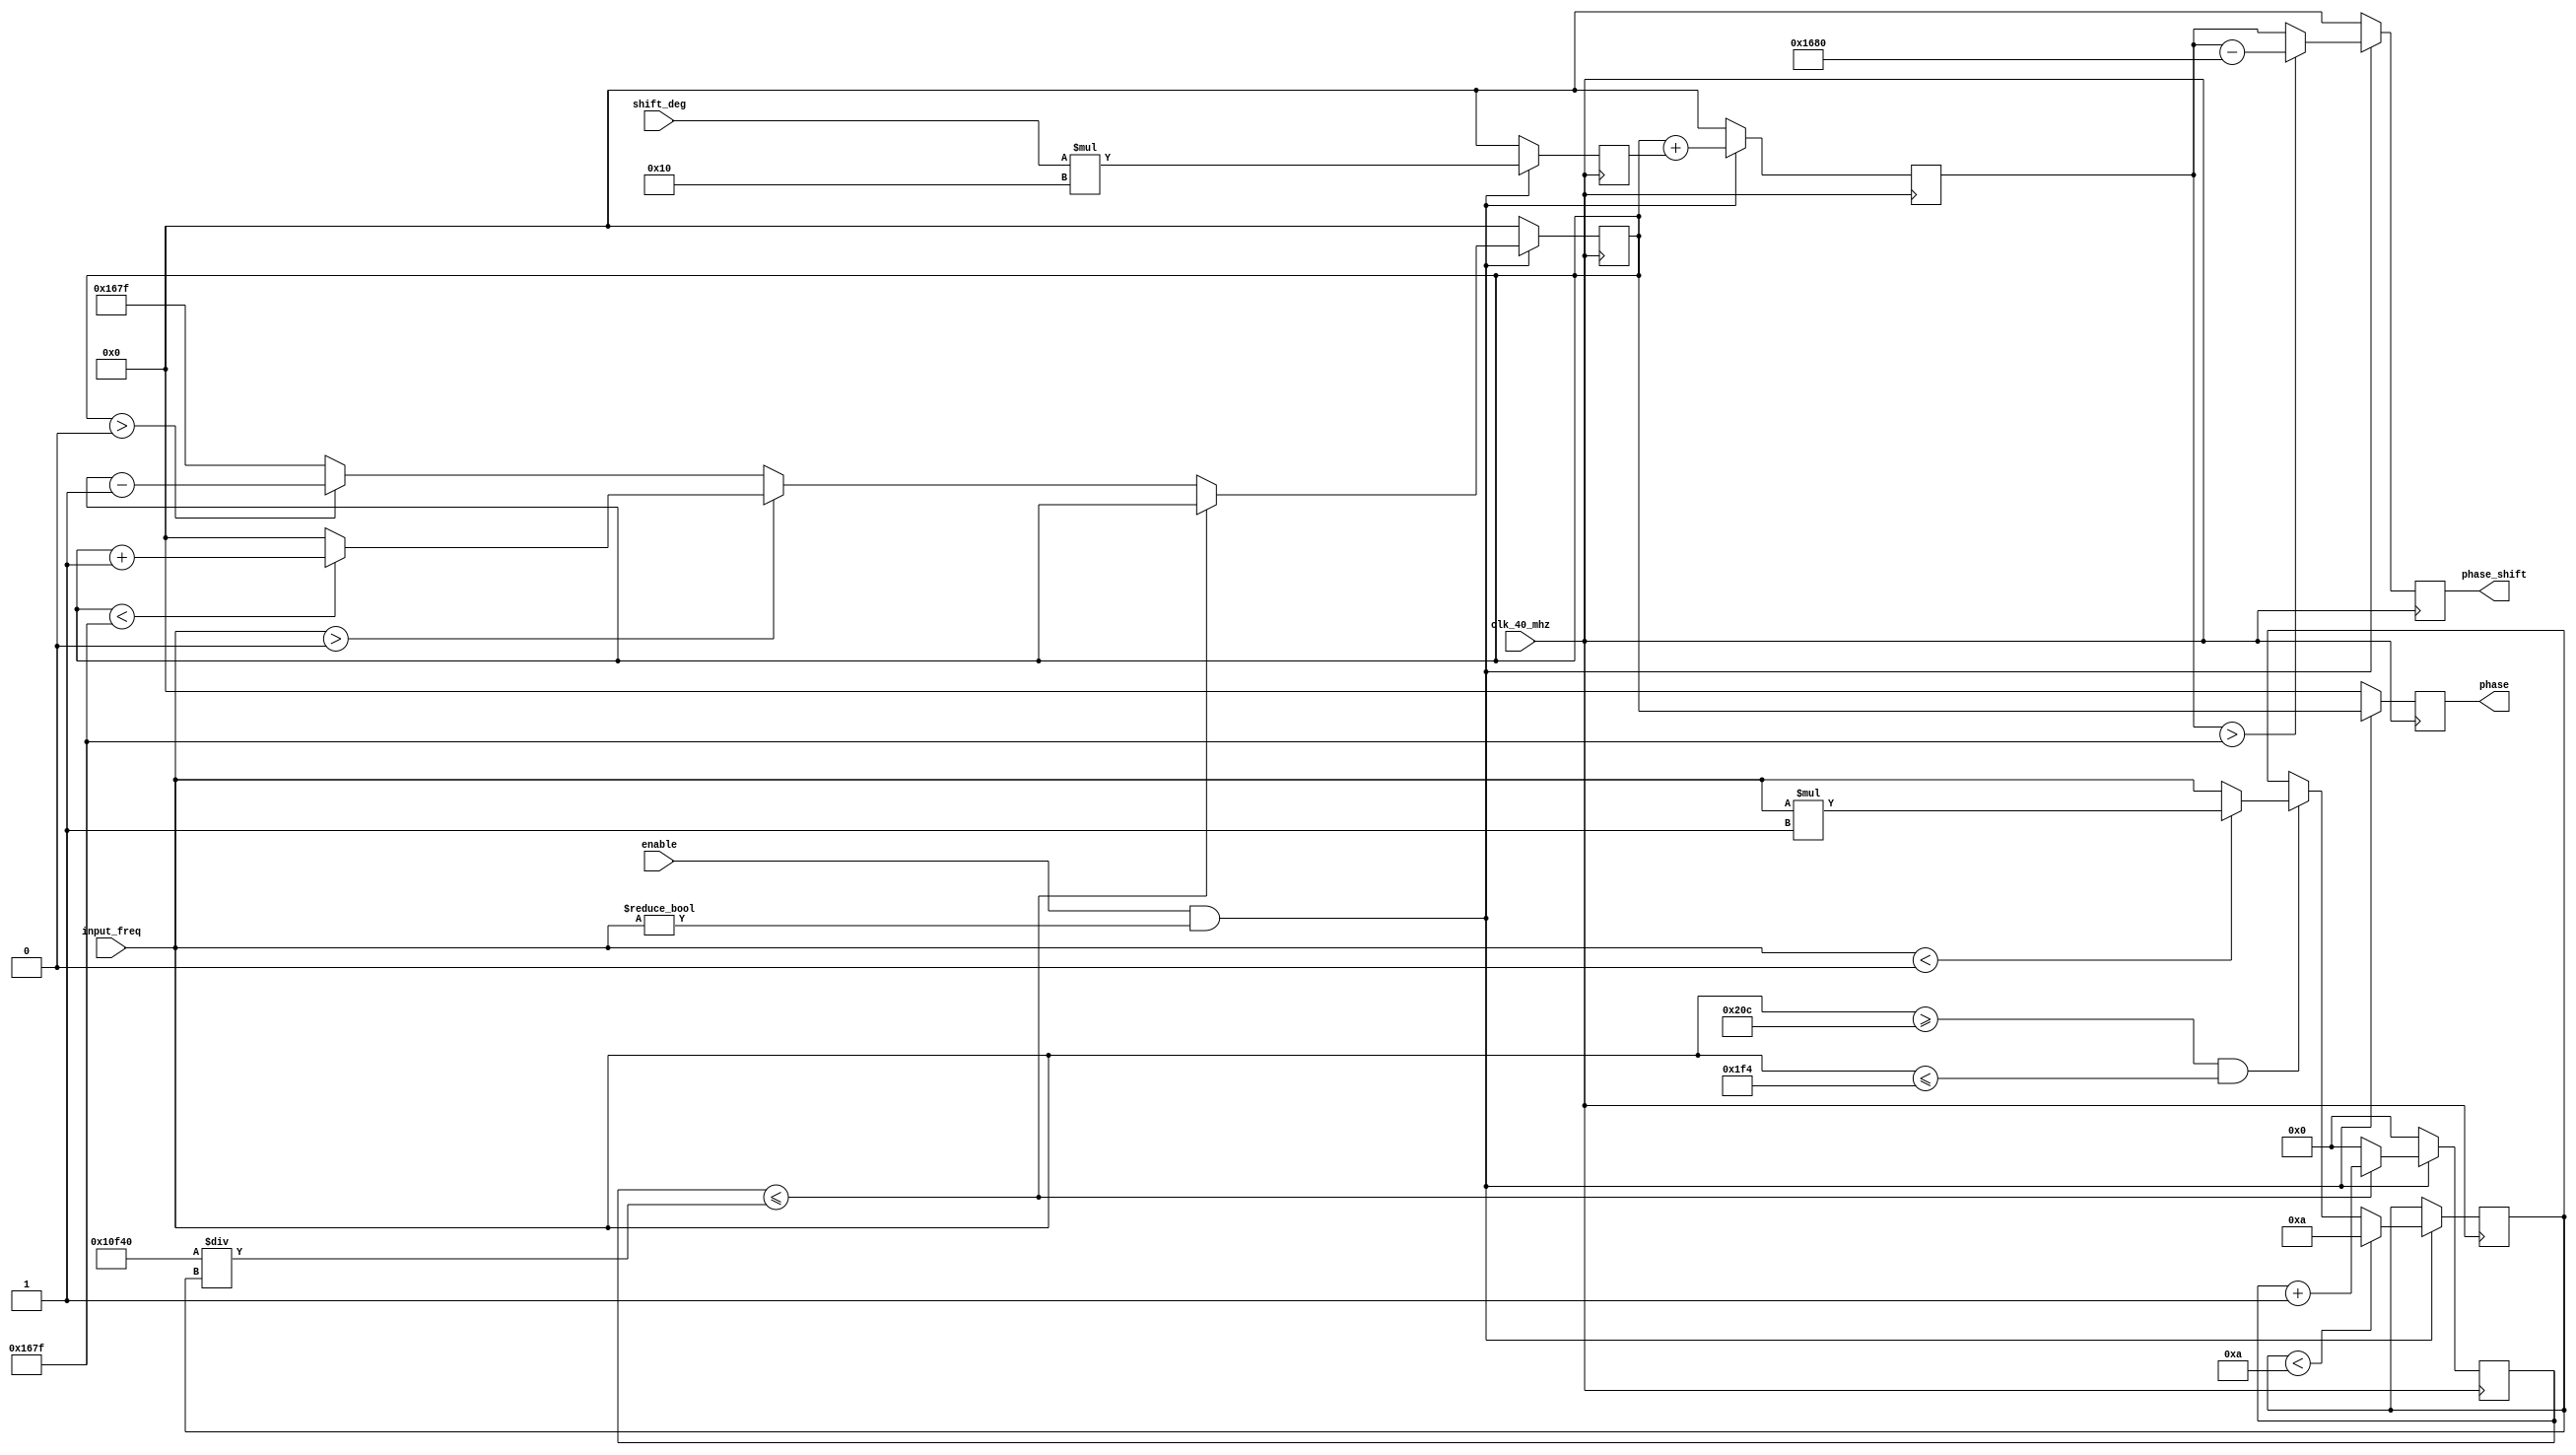
module freq_generator (input clk_40_mhz,
					   input enable,
					   input signed [15:0] input_freq,
					   input [15:0] shift_deg, 
							output reg [15:0] phase,
							output reg [15:0] phase_shift);

reg [16:0] count;
reg signed [15:0] freq;
reg signed [15:0] freq_0;
reg [15:0] phase_inc;
reg [15:0] mod_freq;
reg [15:0] mult_shift;
reg [15:0] shift;

initial begin
	count = 0;
	freq = 0;
	phase_inc = 0;
	mod_freq = 0;
	phase_shift = 0;
	mult_shift = 0;
	shift = 0;
	freq_0 = 0;
end

always @(posedge clk_40_mhz) begin

if(enable && input_freq != 0) begin
		
	if(input_freq >= -500 && input_freq <= 500)
		if(input_freq < 0) freq <= input_freq * (-1);
		else freq <= input_freq;

	if(freq < 10)
		freq <= 10;
	
	mult_shift <= shift_deg * 16;
	
	if(count <= (69440/freq)) begin
		count <= count + 1;
	end
	else begin
	
		count <= 0;
		
		if(input_freq > 0) begin
			if(phase_inc < 5759) phase_inc <= phase_inc + 1;
			else phase_inc <= 0;
		end
		else begin
			if(phase_inc > 0) phase_inc <= phase_inc - 1;
			else phase_inc <= 5759;
		end

	end
	
	
	shift <= phase_inc + mult_shift;
	
	if(shift > 5759) phase_shift <= shift - 5760;
	else phase_shift <= shift;
	
	phase <= phase_inc;
	
end
else begin 
count <= 0;
phase <= 0;
phase_shift <= 0;
phase_inc <= 0;
shift <= 0;
mult_shift <= 0;
end	
end
endmodule